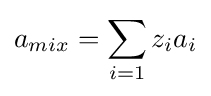
a_{mix}=\sum _{i=1}z_{i}a_{i}